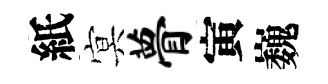
紙㝠瞢寅巍